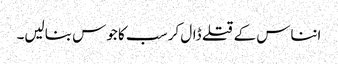
انناس کے قتلے ڈال کر سب کا جوس بنالیں۔